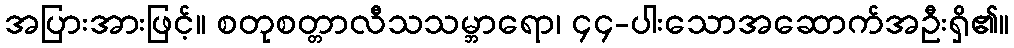
အပြားအားဖြင့်။ စတုစတ္တာလီသသမ္ဘာရော၊ ၄၄-ပါးသောအဆောက်အဦးရှိ၏။